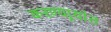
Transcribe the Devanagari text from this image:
करण्यार्‍यांत